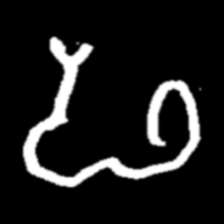
Pyu character \u2014 Myanmar letter: ဖ (romanized: pha)